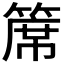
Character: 𥱊